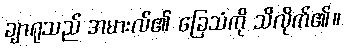
ချာရုသည် အမားလ်၏ ခြေသံကို သိလိုက်၏။